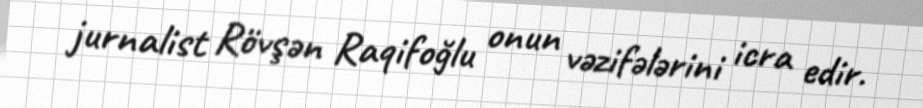
jurnalist Rövşən Raqifoğlu onun vəzifələrini icra edir.